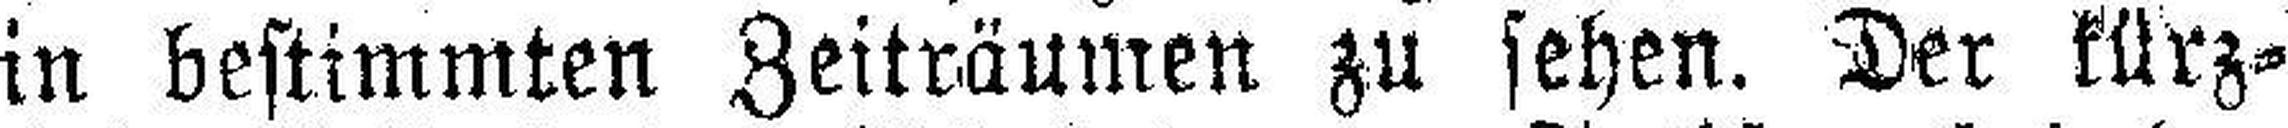
in bestimmten Zeiträumen zu sehen. Der kürz¬